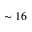
\sim 1 6